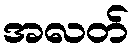
အလတ်